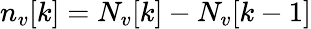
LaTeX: {n}_{v}[k]=N_{v}[k]-N_{v}[k-1]